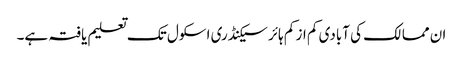
ان ممالک کی آبادی کم از کم ہائر سیکنڈری اسکول تک تعلیم یافتہ ہے۔